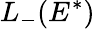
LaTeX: L_{-}(E^{*})